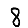
Digit: 8